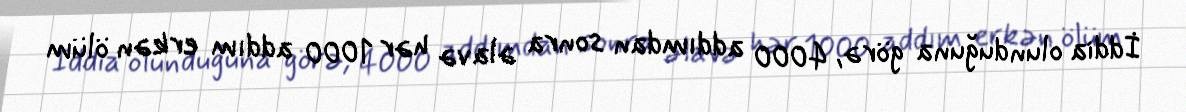
İddia olunduğuna görə, 4000 addımdan sonra əlavə hər 1000 addım erkən ölüm